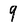
Character: 9